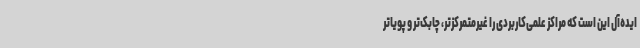
ایده‌آل این است که مراکز علمی‌کاربردی را غیرمتمرکزتر، چابک‌تر و پویاتر